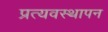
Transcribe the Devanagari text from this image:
प्रत्यवस्थापन